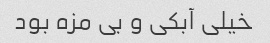
خیلی آبکی و بی مزه بود